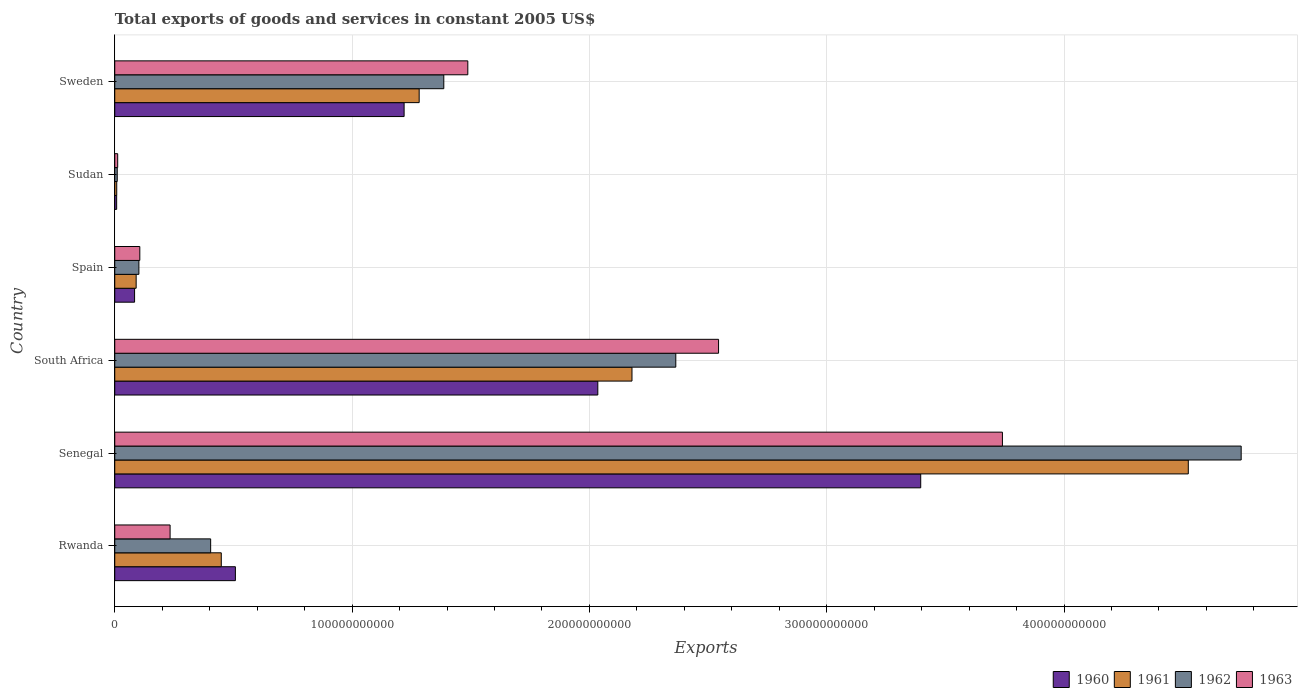
| Country | 1960 | 1961 | 1962 | 1963 |
 | --- | --- | --- | --- | --- |
 | Rwanda | 5.08e+10 | 4.49e+10 | 4.04e+10 | 2.33e+10 |
 | Senegal | 3.4e+11 | 4.52e+11 | 4.75e+11 | 3.74e+11 |
 | South Africa | 2.04e+11 | 2.18e+11 | 2.36e+11 | 2.54e+11 |
 | Spain | 8.35e+09 | 9.02e+09 | 1.02e+10 | 1.06e+10 |
 | Sudan | 8.03e+08 | 8.33e+08 | 1.04e+09 | 1.24e+09 |
 | Sweden | 1.22e+11 | 1.28e+11 | 1.39e+11 | 1.49e+11 |